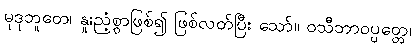
မုဒုဘူတေ၊ နူးညံ့စွာဖြစ်၍ ဖြစ်လတ်ပြီး သော်။ ဝသီဘာဝပ္ပတ္တေ၊